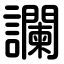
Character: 讕